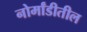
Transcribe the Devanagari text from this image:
नोर्मांडीतील